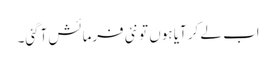
اب لے کر آیا ہوں تو نئی فرمائش آگئی۔